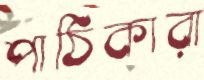
পাঠিকারা